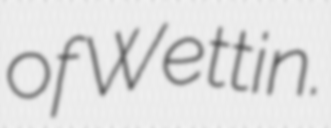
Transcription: of Wettin.